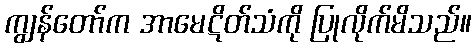
ကျွန်တော်က အာမေဋိတ်သံကို ပြုလိုက်မိသည်။